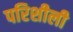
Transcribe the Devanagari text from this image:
परिशीली